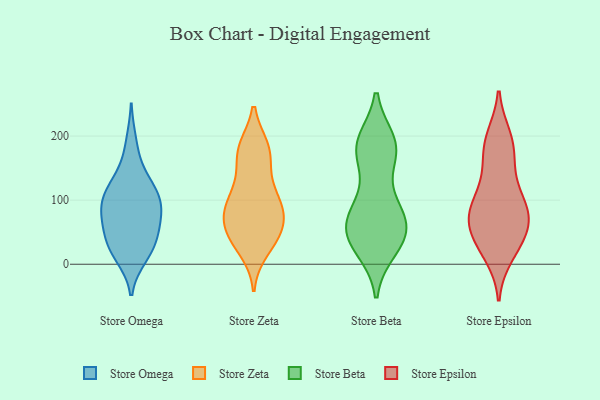
{"axis": {"x": "Website Visitors", "y": "Value"}, "legend": ["Store Beta", "Store Epsilon", "Store Omega", "Store Zeta"], "data": [{"x": "", "y": 105, "type": "Store Omega"}, {"x": "", "y": 47, "type": "Store Omega"}, {"x": "", "y": 32, "type": "Store Omega"}, {"x": "", "y": 96, "type": "Store Omega"}, {"x": "", "y": 57, "type": "Store Omega"}, {"x": "", "y": 43, "type": "Store Omega"}, {"x": "", "y": 90, "type": "Store Omega"}, {"x": "", "y": 12, "type": "Store Omega"}, {"x": "", "y": 118, "type": "Store Omega"}, {"x": "", "y": 82, "type": "Store Omega"}, {"x": "", "y": 83, "type": "Store Omega"}, {"x": "", "y": 192, "type": "Store Omega"}, {"x": "", "y": 154, "type": "Store Omega"}, {"x": "", "y": 73, "type": "Store Omega"}, {"x": "", "y": 11, "type": "Store Omega"}, {"x": "", "y": 125, "type": "Store Omega"}, {"x": "", "y": 118, "type": "Store Omega"}, {"x": "", "y": 25, "type": "Store Omega"}, {"x": "", "y": 82, "type": "Store Zeta"}, {"x": "", "y": 23, "type": "Store Zeta"}, {"x": "", "y": 116, "type": "Store Zeta"}, {"x": "", "y": 176, "type": "Store Zeta"}, {"x": "", "y": 181, "type": "Store Zeta"}, {"x": "", "y": 137, "type": "Store Zeta"}, {"x": "", "y": 85, "type": "Store Zeta"}, {"x": "", "y": 54, "type": "Store Zeta"}, {"x": "", "y": 43, "type": "Store Zeta"}, {"x": "", "y": 48, "type": "Store Zeta"}, {"x": "", "y": 36, "type": "Store Zeta"}, {"x": "", "y": 87, "type": "Store Zeta"}, {"x": "", "y": 93, "type": "Store Zeta"}, {"x": "", "y": 97, "type": "Store Zeta"}, {"x": "", "y": 61, "type": "Store Zeta"}, {"x": "", "y": 179, "type": "Store Zeta"}, {"x": "", "y": 175, "type": "Store Zeta"}, {"x": "", "y": 177, "type": "Store Beta"}, {"x": "", "y": 182, "type": "Store Beta"}, {"x": "", "y": 181, "type": "Store Beta"}, {"x": "", "y": 183, "type": "Store Beta"}, {"x": "", "y": 190, "type": "Store Beta"}, {"x": "", "y": 92, "type": "Store Beta"}, {"x": "", "y": 62, "type": "Store Beta"}, {"x": "", "y": 63, "type": "Store Beta"}, {"x": "", "y": 73, "type": "Store Beta"}, {"x": "", "y": 44, "type": "Store Beta"}, {"x": "", "y": 100, "type": "Store Beta"}, {"x": "", "y": 25, "type": "Store Beta"}, {"x": "", "y": 178, "type": "Store Beta"}, {"x": "", "y": 31, "type": "Store Beta"}, {"x": "", "y": 69, "type": "Store Beta"}, {"x": "", "y": 44, "type": "Store Beta"}, {"x": "", "y": 38, "type": "Store Beta"}, {"x": "", "y": 146, "type": "Store Epsilon"}, {"x": "", "y": 83, "type": "Store Epsilon"}, {"x": "", "y": 76, "type": "Store Epsilon"}, {"x": "", "y": 187, "type": "Store Epsilon"}, {"x": "", "y": 75, "type": "Store Epsilon"}, {"x": "", "y": 51, "type": "Store Epsilon"}, {"x": "", "y": 15, "type": "Store Epsilon"}, {"x": "", "y": 60, "type": "Store Epsilon"}, {"x": "", "y": 192, "type": "Store Epsilon"}, {"x": "", "y": 56, "type": "Store Epsilon"}, {"x": "", "y": 99, "type": "Store Epsilon"}, {"x": "", "y": 162, "type": "Store Epsilon"}, {"x": "", "y": 108, "type": "Store Epsilon"}, {"x": "", "y": 93, "type": "Store Epsilon"}, {"x": "", "y": 25, "type": "Store Epsilon"}, {"x": "", "y": 32, "type": "Store Epsilon"}, {"x": "", "y": 198, "type": "Store Epsilon"}]}